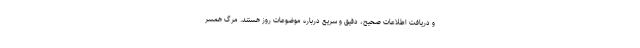
و دریافت اطلاعات صحیح، دقیق و سریع درباره موضوعات روز هستند. مرگ همسر